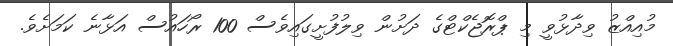
މުއިއްޒު ވިދާޅުވީ މި ޕްރޮޖެކްޓްގެ ދަށުން ވިލުފުށީގައިވެސް 100 ރޯހައުސް އަޅާނެ ކަމަށެވެ.